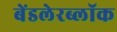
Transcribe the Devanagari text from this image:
बेंडलेरब्लॉक